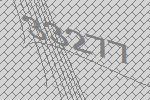
33277